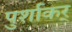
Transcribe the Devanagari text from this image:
पुर्शाकर्